system: You are a helpful assistant.
user:
Analyze the provided spectrum to determine if it is a **Carbon Star (C-type)**.

- **Key Visual Indicators of Carbon Star:**
    - **(Primary):** Strong molecular absorption from **C₂ (diatomic carbon) "Swan Bands."** This is the **defining feature** of a carbon star.
        - **(Key Bandheads):** Sharp absorption edges are visible at approximately $5635$ Å, $5165$ Å (the strongest band), and $4737$ Å.
        - **(Line Profile):** Creates a distinct **"saw-tooth"** pattern. The key morphology is a sharp, steep bandhead on the **red (long-wavelength) side**, which then gradually tapers off (i.e., flux recovers) towards the **blue (short-wavelength) side**. *(This is the direct opposite of the TiO bands seen in M-type stars)*.

    - **(Secondary):** Intense **CN (cyanogen)** molecular absorption bands.
        - **(Key Bandheads):** Located in the blue and violet regions of the spectrum (e.g., near $4215$ Å and $3883$ Å).
        - **(Morphology):** These bands are extremely broad and act as a "blanket," absorbing the vast majority of blue and violet light. This creates a characteristic **"cliff"** or **"steep drop-off"** in the spectrum's flux at short wavelengths.

    - **(Key Confirmation):** Strong **CH absorption band (G-band)**.
        - **(Key Bandhead):** Located around $4300$ Å. The contribution from CH molecules to this band is exceptionally strong.

    - **(Overall Spectrum):**
        - The continuum is severely "chopped up" by these deep molecular bands, especially C₂, rather than appearing as a smooth curve.
        - Due to the heavy CN and C₂ absorption in the blue-green, the vast majority of the star's flux is concentrated in the red part of the spectrum, giving the star its characteristic deep red color.

Think first, call **spectral_visualization_tool** if needed to examine features in detail, then provide your final answer. Your response must adhere to the following strict rules:
1.  **Overall Structure:** Your response must follow the format `<think>...</think> <tool_call>...</tool_call> (if a tool is used) <answer>...</answer>`.
2.  **Tool Usage Constraint:** You may only make **one** tool call per turn.
3.  **Final Answer Format:** In the `<answer>` tag, your conclusion must be inside a `\boxed{}` command (e.g., `\boxed{YES}`), followed by your justification.

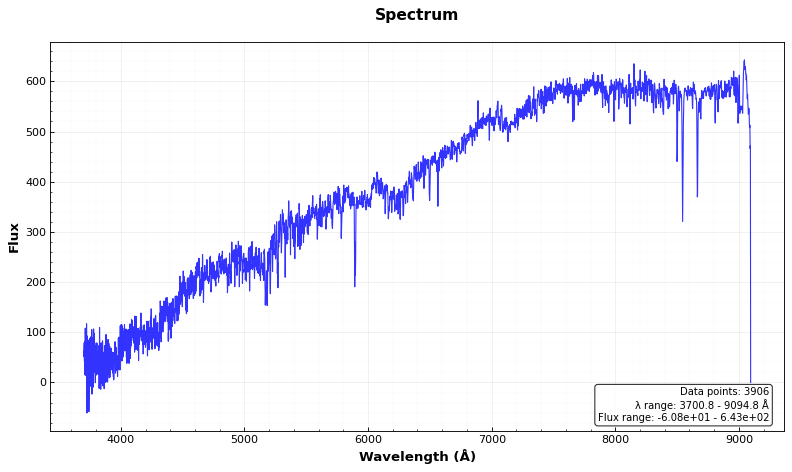
Answer: NO